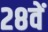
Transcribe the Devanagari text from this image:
२८वें